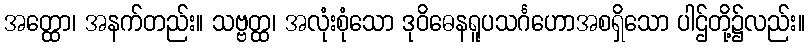
အတ္ထော၊ အနက်တည်း။ သဗ္ဗတ္ထ၊ အလုံးစုံသော ဒုဝိဓေနရူပသင်္ဂဟောအစရှိသော ပါဌ်တို့၌လည်း။